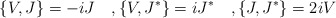
\begin{align*} \{V,J\}=-iJ\quad,\{V,J^*\}=iJ^*\quad,\{J,J^*\}=2iV\end{align*}